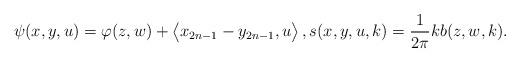
LaTeX: \begin{align*}\psi(x,y,u)=\varphi(z,w)+\big\langle x_{2n-1}-y_{2n-1},u\big\rangle\,,s(x,y,u,k)=\frac{1}{2\pi}kb(z,w,k) .\end{align*}